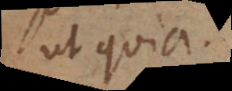
ut quia.